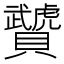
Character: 𧹁